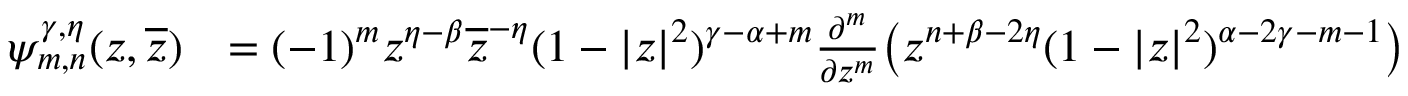
\begin{array} { r l } { \psi _ { m , n } ^ { \gamma , \eta } ( z , \overline { { z } } ) } & { = ( - 1 ) ^ { m } z ^ { \eta - \beta } \overline { { z } } ^ { - \eta } ( 1 - | z | ^ { 2 } ) ^ { \gamma - \alpha + m } \frac { \partial ^ { m } } { \partial z ^ { m } } \big ( z ^ { n + \beta - 2 \eta } ( 1 - | z | ^ { 2 } ) ^ { \alpha - 2 \gamma - m - 1 } \big ) } \end{array}